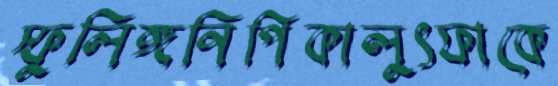
স্ফুলিঙ্গনিপিকালুৎফাকে